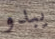
يبدو